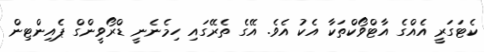
ކެޓަގަރީ އެއްގެ އާޓްވޯކްތަކާ އެކު އެވެ. އޭގެ ތެރޭގައި ހިމެނެނީ ޑްރޯވީންގް ޕެއިންޓިން